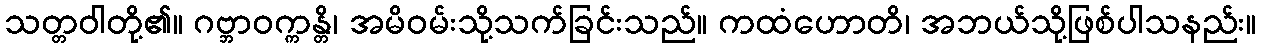
သတ္တဝါတို့၏။ ဂဗ္ဘာဝက္ကန္တိ၊ အမိဝမ်းသို့သက်ခြင်းသည်။ ကထံဟောတိ၊ အဘယ်သို့ဖြစ်ပါသနည်း။